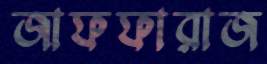
জাফফারাজ